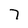
Character: 7